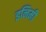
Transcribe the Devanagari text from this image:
इनिमी